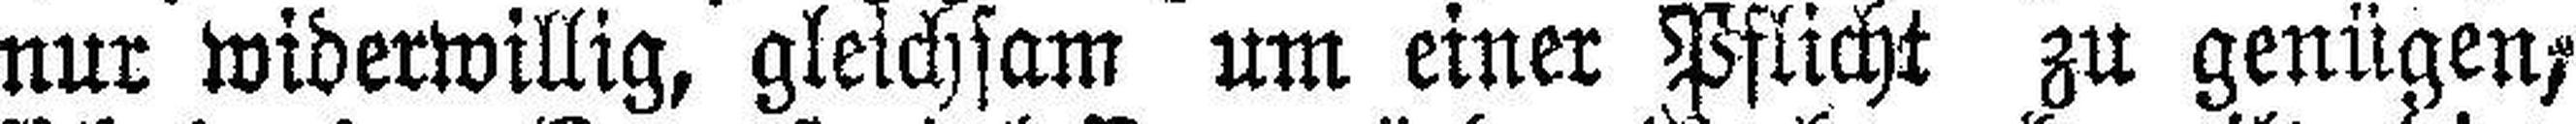
nur widerwillig, gleichsam um einer Pflicht zu genügen;